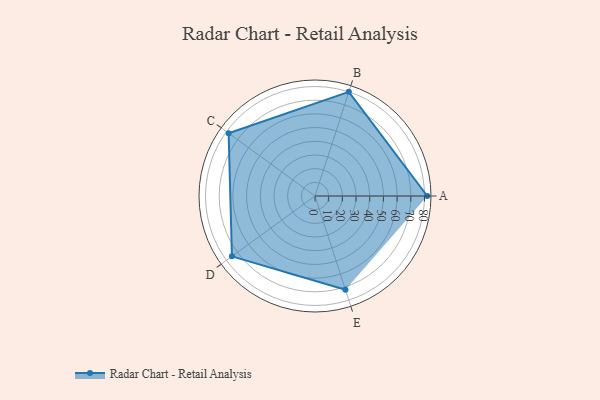
{"axis": {"x": "Skill", "y": "Score"}, "legend": ["Profile"], "data": [{"x": "A", "y": 82.0, "type": "Profile"}, {"x": "B", "y": 80.0, "type": "Profile"}, {"x": "C", "y": 78.0, "type": "Profile"}, {"x": "D", "y": 75.0, "type": "Profile"}, {"x": "E", "y": 72.0, "type": "Profile"}]}